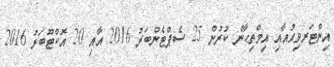
އިންޓަރވިއުއާއި އިމްތިޙާން ކުރުން 25 ސެޕްޓެންބަރު 2016 އާއި 20 އޮކްޓޫބަރު 2016